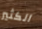
الكثير